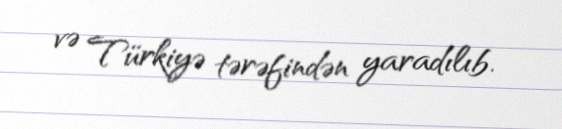
və Türkiyə tərəfindən yaradılıb.